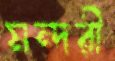
মন্দরী